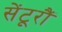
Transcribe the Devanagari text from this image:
सेंटूरौं